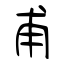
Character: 甫